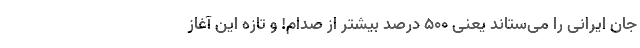
جانِ ایرانی را می‌ستاند یعنی 500 درصد بیشتر از صدام! و تازه این آغاز